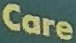
Care